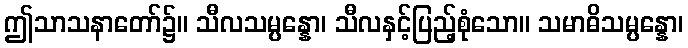
ဤသာသနာတော်၌။ သီလသမ္ပန္နော၊ သီလနှင့်ပြည့်စုံသော။ သမာဓိသမ္ပန္နော၊